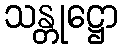
သန္တုဋ္ဌော